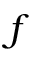
f